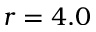
r = 4 . 0